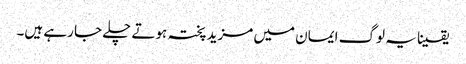
یقینا یہ لوگ ایمان میں مزید پختہ ہوتے چلے جا رہے ہیں۔